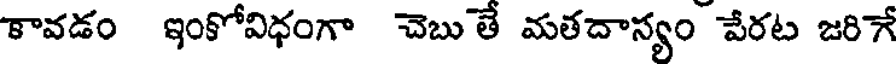
కావడం ఇంకోవిధంగా చెబు తే మతదాస్యం పేరట జరిగే